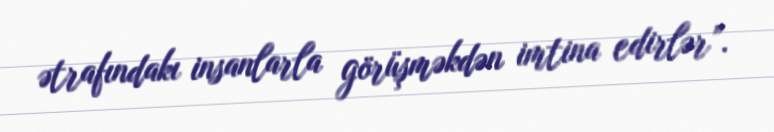
ətrafındakı insanlarla görüşməkdən imtina edirlər”.